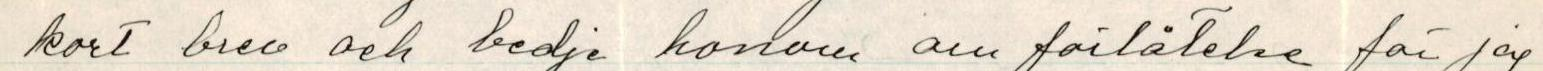
kort brev och bedje honom om förlåtelse för jag